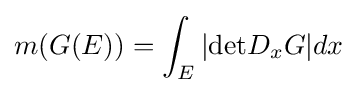
m(G(E))=\int _{E}|{\text{det}}D_{x}G|dx